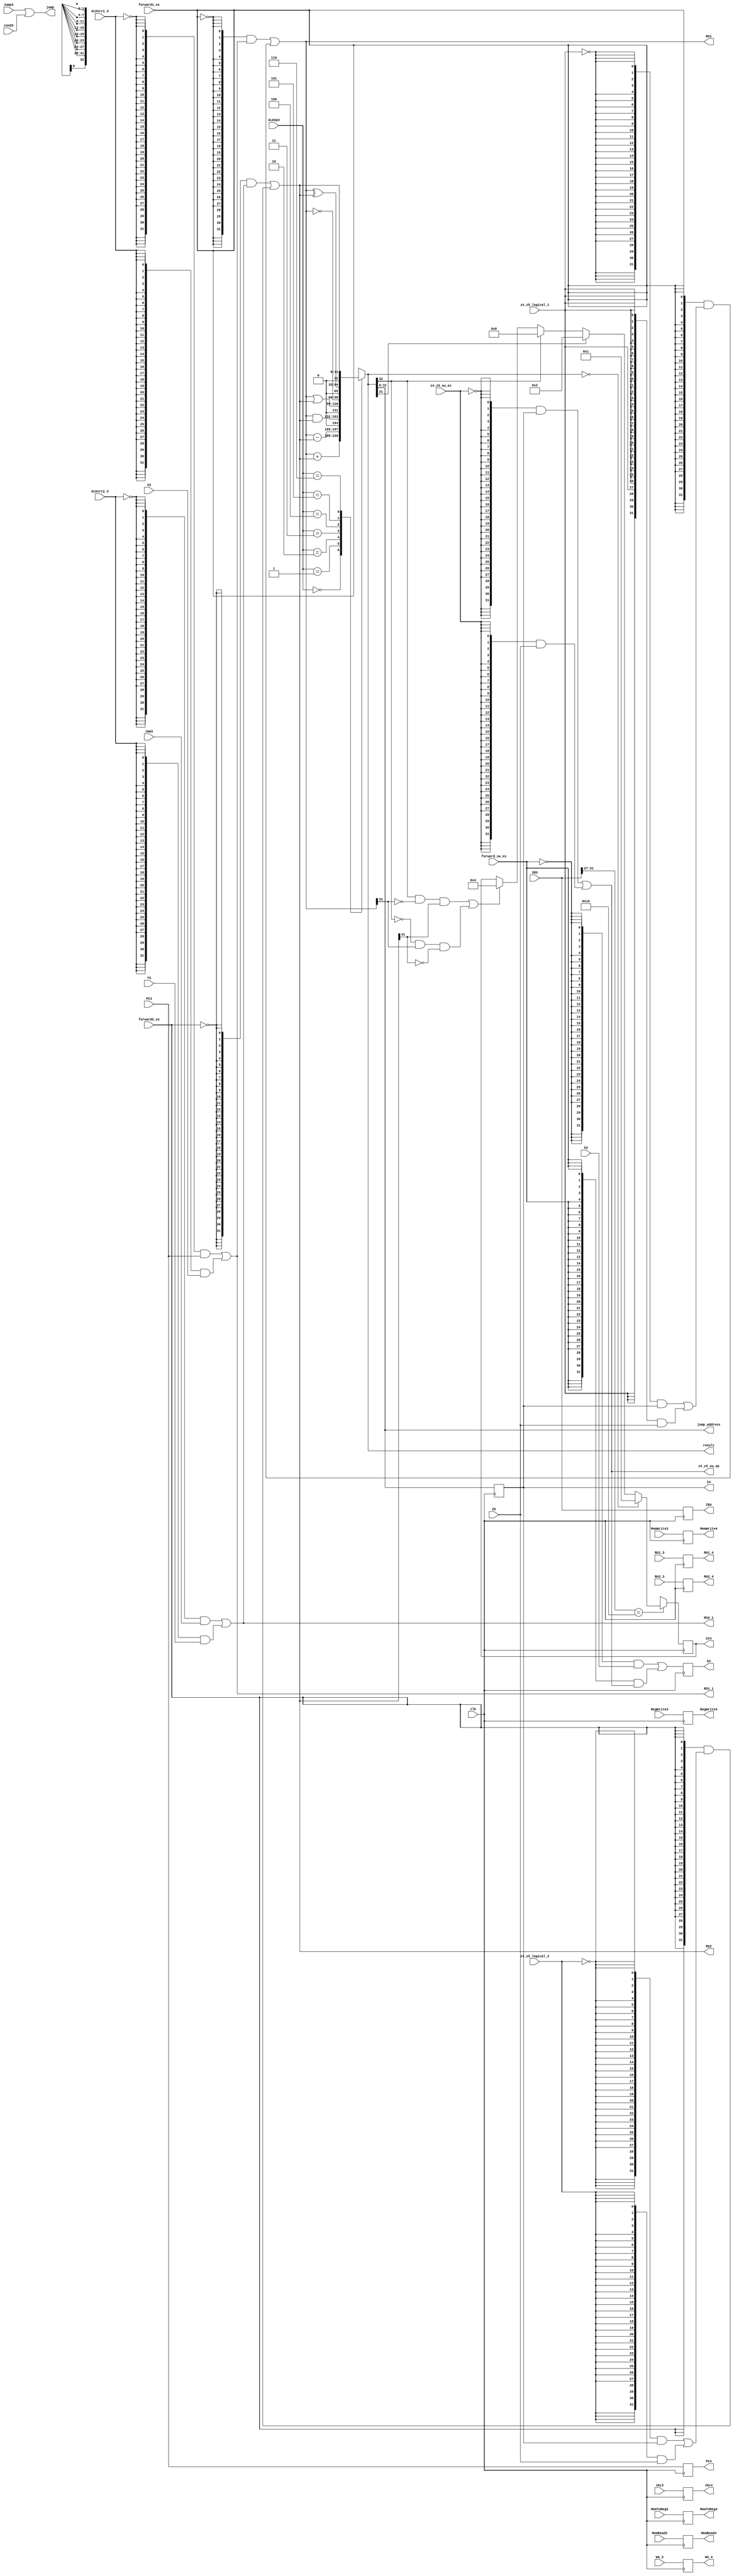
module execution(
	input clk,
	input cond3,
	input [31:0] IR3,PC3,X3,Y3,S3,imm3,
	input MemToReg3,MemWrite3,MemRead3,ALUsrc1_3,ALUsrc2_3,RegWrite3,Jump3,JAL3,
	input [2:0] ALUop3,
	input [31:0] Z5,
	input [4:0] RA1_3, RA2_3,WA_3,
	input forward1_ex,forward2_ex,forward_sw_ex,z4_z5_sw_ex,z4_z5_logical_1,z4_z5_logical_2,
	output [31:0] jump_address,
	output jump,
	output reg [31:0] Z4,
	output reg [31:0] IR4,PC4,
	output reg [31:0] S4,
	output reg [3:0] CC4,
	output reg MemToReg4,MemWrite4,MemRead4,RegWrite4,JAL4,
	output reg [4:0] RA1_4,RA2_4,WA_4,
	output [31:0] RS1,RS2,
	output reg [32:0] result,
	output [31:0] RS1_1, RS2_1,
	output [31:0] z4_z5_sw_op
	);
	

wire [31:0] z4_z5_logical_op_1;
wire [31:0] z4_z5_logical_op_2;
assign jump_address=result[31:0];	 
assign jump=Jump3 | cond3;
	



always@(posedge clk)
begin
	 RA1_4<=RA1_3;
	 RA2_4<=RA2_3;
	 WA_4<=WA_3;
	 MemToReg4<=MemToReg3;
	 MemWrite4<=MemWrite3;
	 MemRead4<=MemRead3;
	 RegWrite4<=RegWrite3;
	 JAL4<=JAL3;
	 PC4<=PC3;
	 IR4<=IR3;
end

assign RS1_1={32{~ALUsrc1_3}}&(PC3) | {32{ALUsrc1_3}}&(X3);
assign RS2_1={32{~ALUsrc2_3}}&(imm3) | {32{ALUsrc2_3}}&(Y3);
assign z4_z5_logical_op_1={32{~z4_z5_logical_1}}&(Z4) |{32{z4_z5_logical_1}}&(Z5);
assign z4_z5_logical_op_2={32{~z4_z5_logical_2}}&(Z4) |{32{z4_z5_logical_2}}&(Z5);
assign RS1={32{~forward1_ex}}&(RS1_1) | {32{forward1_ex}}&(z4_z5_logical_op_1);
assign RS2={32{~forward2_ex}}&(RS2_1) | {32{forward2_ex}}&(z4_z5_logical_op_2);
assign z4_z5_sw_op={32{~z4_z5_sw_ex}}&(Z4) | {32{z4_z5_sw_ex}}&(Z5);


always@(posedge clk)
begin
	 
	 Z4<=result[31:0];
	 S4<={32{~forward_sw_ex}}&(S3) | {32{forward_sw_ex}}&(z4_z5_sw_op);

end


always@(RS1,RS2)
begin
	case(ALUop3)
	3'b000:	result<=RS1+RS2;
	3'b001:	begin
				
					result<=RS1-RS2;
				end
	3'b010:	result<=RS1&RS2;
	3'b011:	result<=RS1|RS2;
	3'b100:	result<=~RS1;
	3'b101:	result<=RS1^RS2;
	3'b110:	result<=RS2;
	default:	result<=33'bx;
	endcase
	
end

always@(negedge  clk)
begin
	if (IR3[31:27]==5'b10000)
					begin
						if (result==0)
							CC4<=4'b0001;  //zero
						else if (result[31]==1)
							CC4<=4'b0010;   //negative
						else if (result[32]==1)
							CC4<=4'b1000;  //carry
						else if (((result[32]==1)&(RS1[31]==0)&(RS2[31]==1)) |  ((result[32]==0)&(RS1[31]==1)&(RS2[31]==0)))
							CC4<=4'b0100;   //overflow
						
					end
					
	else
					begin
						CC4<=4'bxxxx;
					end
end


endmodule